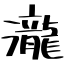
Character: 瀧